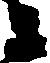
衛